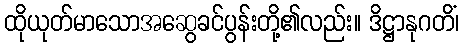
ထိုယုတ်မာသောအဆွေခင်ပွန်းတို့၏လည်း။ ဒိဋ္ဌာနုဂတိံ၊